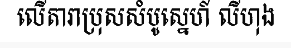
លើតារាប្រុសសំបូស្នេហ៍ លីហុង